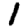
Digit: 1